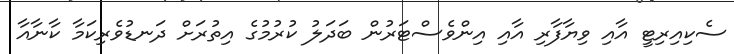
ސެކިއިރިޓީ އާއި ވިޔާފާރި އާއި އިންވެސްޓަރުން ބަދަލު ކުރުމުގެ އިތުރަށް ދަނޑުވެރިކަމާ ކާނާއާ